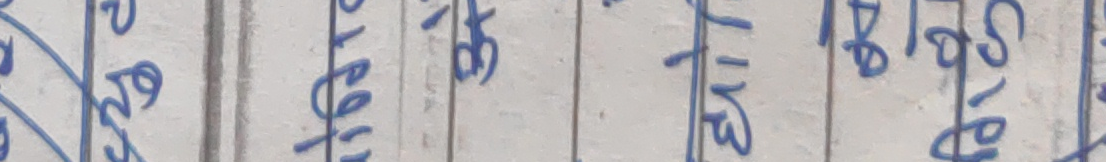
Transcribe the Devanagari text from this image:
२८ ४५ १७ ४८१०